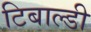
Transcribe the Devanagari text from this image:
टिबाल्डी